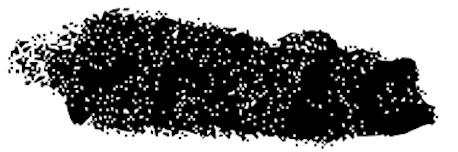
Text: Prize
Cross-out: mix
Writing tool: digital_black